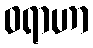
ဝရာဟာ